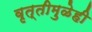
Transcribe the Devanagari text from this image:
वृत्तीमुळेही